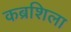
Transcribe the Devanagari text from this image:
कब्रशिला